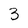
Character: 3